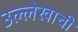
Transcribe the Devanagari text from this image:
उल्लेखाची